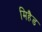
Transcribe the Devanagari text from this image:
मिहैड